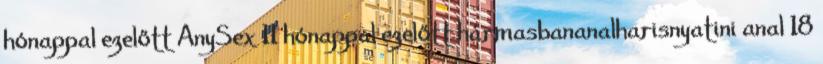
hónappal ezelőtt AnySex 11 hónappal ezelőtt hármasbananalharisnyatini anal 18